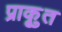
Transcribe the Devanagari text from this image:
प्राकृुत